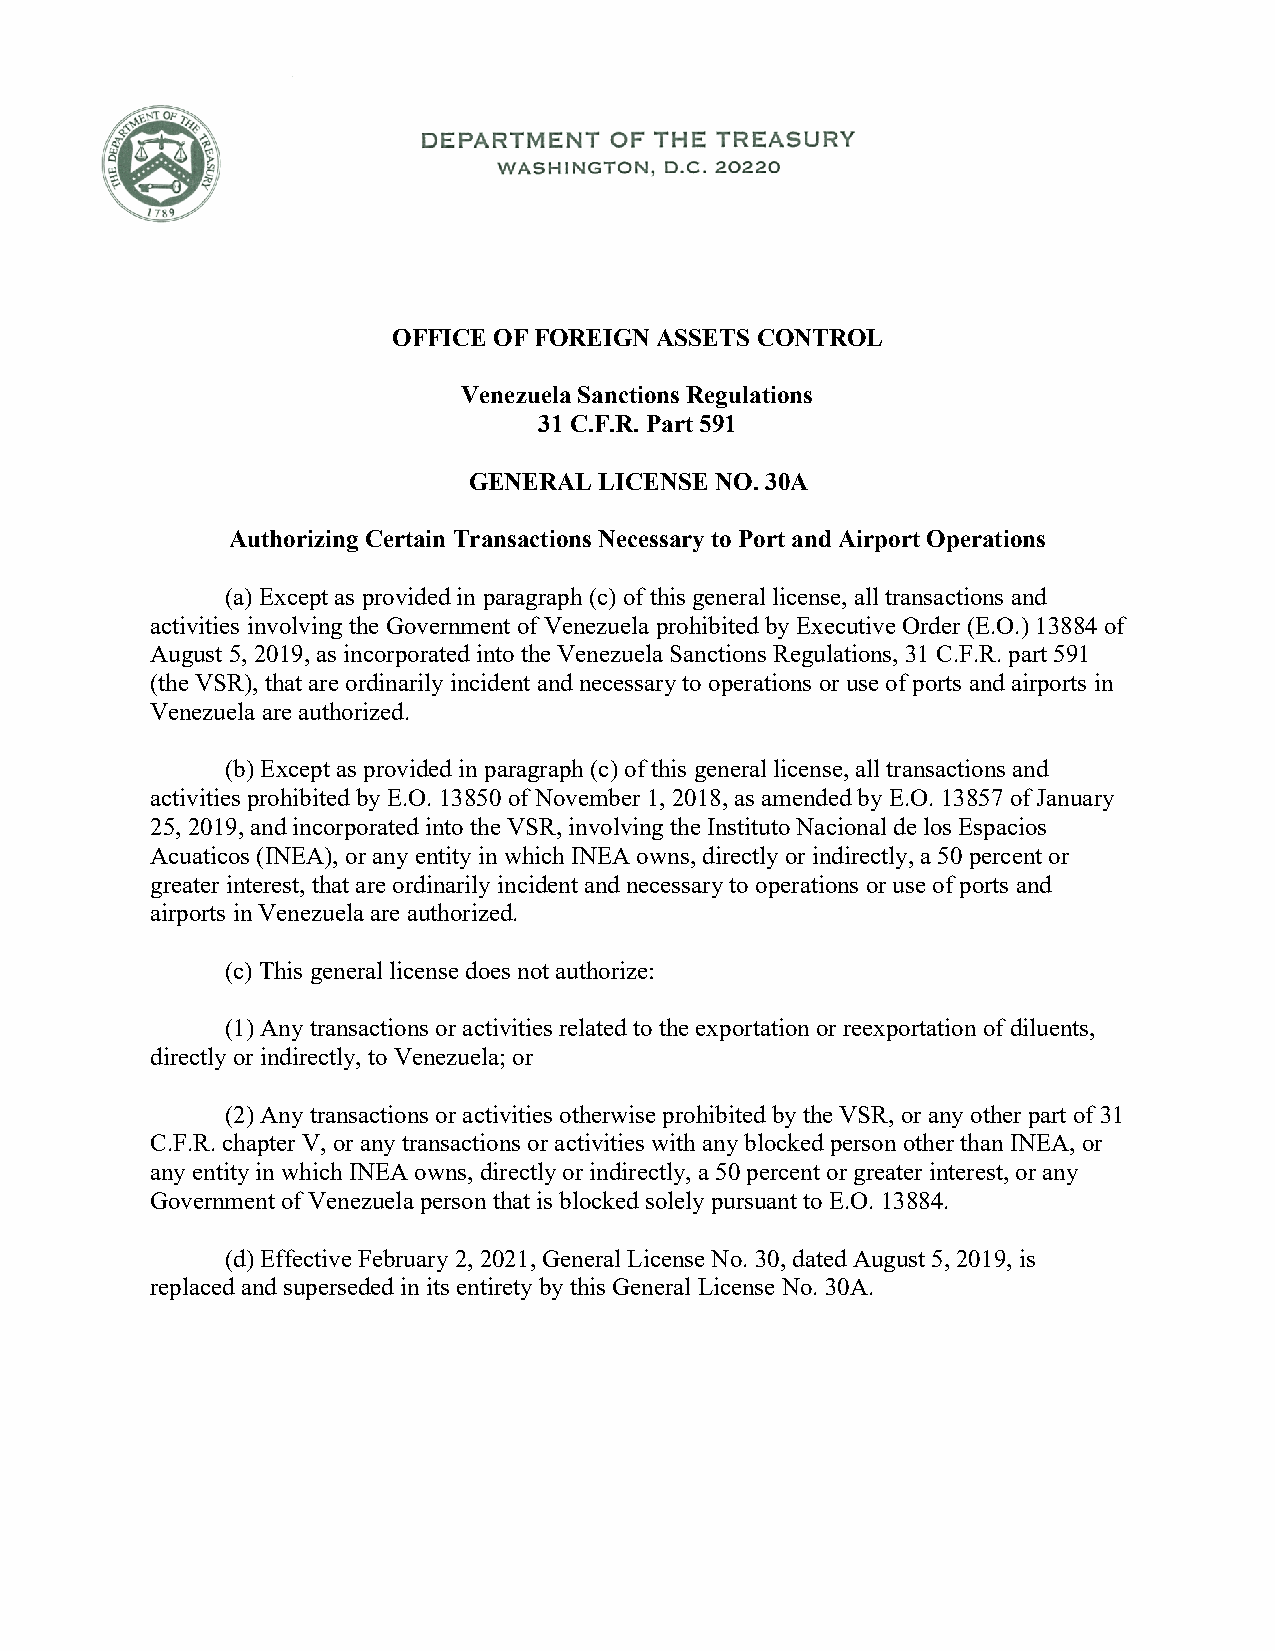
OFFICE OF FOREIGN ASSETS CONTROL
 Venezuela Sanctions Regulations
 31 C.F.R. Part 591
 GENERAL  LICENSE NO. 30A
 Authorizing Certain Transactions Necessary to Port and Airport Operations
 (a) Except as provided in paragraph (c) of this general license, all transactions and
 activities involving the Government of Venezuela prohibited by Executive Order (E.O.) 13884 of
 August 5, 2019, as incorporated into the Venezuela Sanctions Regulations, 31 C.F.R. part 591
 (the VSR), that are ordinarily incident and necessary to operations or use of ports and airports in
 Venezuela are authorized.
 (b) Except as provided in paragraph (c) of this general license, all transactions and
 activities prohibited by E.O. 13850 of November 1, 2018, as amended by E.O. 13857 of January
 25, 2019, and incorporated into the VSR, involving the Instituto Nacional de los Espacios
 Acuaticos (INEA), or any entity in which INEA owns, directly or indirectly, a 50 percent or
 greater interest, that are ordinarily incident and necessary to operations or use of ports and
 airports in Venezuela are authorized.
 (c) This general license does not authorize:
 (1) Any transactions or activities related to the exportation or reexportation of diluents,
 directly or indirectly, to Venezuela; or
 (2) Any transactions or activities otherwise prohibited by the VSR, or any other part of 31
 C.F.R. chapter V, or any transactions or activities with any blocked person other than INEA, or
 any entity in which INEA owns, directly or indirectly, a 50 percent or greater interest, or any
 Government of Venezuela person that is blocked solely pursuant to E.O. 13884.
 (d) Effective February 2, 2021, General License No. 30, dated August 5, 2019, is
 replaced and superseded in its entirety by this General License No. 30A.